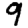
Digit: 9